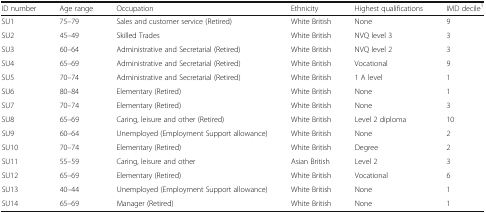
| ID number | Age range | Occupation | Ethnicity | Highest qualifications | IMD decile1 |
 | --- | --- | --- | --- | --- | --- |
 | SU1 | 75–79 | Sales and customer service (Retired) | White British | None | 9 |
 | SU2 | 45–49 | Skilled Trades | White British | NVQ level 3 | 3 |
 | SU3 | 60–64 | Administrative and Secretarial (Retired) | White British | NVQ level 2 | 3 |
 | SU4 | 65–69 | Administrative and Secretarial (Retired) | White British | Vocational | 9 |
 | SU5 | 70–74 | Administrative and Secretarial (Retired) | White British | 1 A level | 1 |
 | SU6 | 80–84 | Elementary (Retired) | White British | None | 1 |
 | SU7 | 70–74 | Elementary (Retired) | White British | None | 3 |
 | SU8 | 65–69 | Caring, leisure and other (Retired) | White British | Level 2 diploma | 10 |
 | SU9 | 60–64 | Unemployed (Employment Support allowance) | White British | None | 2 |
 | SU10 | 70–74 | Elementary (Retired) | White British | Degree | 2 |
 | SU11 | 55–59 | Caring, leisure and other | Asian British | Level 2 | 3 |
 | SU12 | 65–69 | Elementary (Retired) | White British | Vocational | 6 |
 | SU13 | 40–44 | Unemployed (Employment Support allowance) | White British | None | 1 |
 | SU14 | 65–69 | Manager (Retired) | White British | None | 1 |